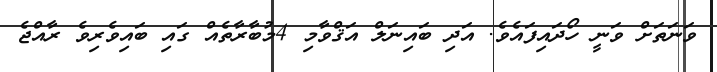
ވަނަތަށް ވަނީ ހޯދައިފައެވެ. އަދި ބައިނަލް އަޤްވާމި 4މުބާރާތެއް ގައި ބައިވެރިވެ ރާއްޖެ